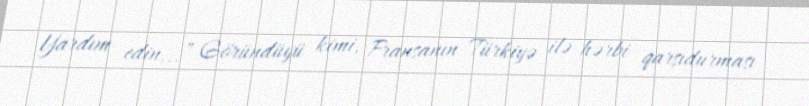
Yardım edin...” Göründüyü kimi, Fransanın Türkiyə ilə hərbi qarşıdurması